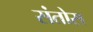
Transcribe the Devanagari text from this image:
संतोस